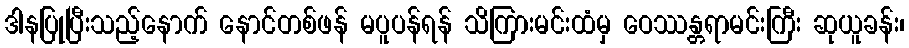
ဒါနပြုပြီးသည့်နောက် နောင်တစ်ဖန် မပူပန်ရန် သိကြားမင်းထံမှ ဝေဿန္တရာမင်းကြီး ဆုယူခန်း၊